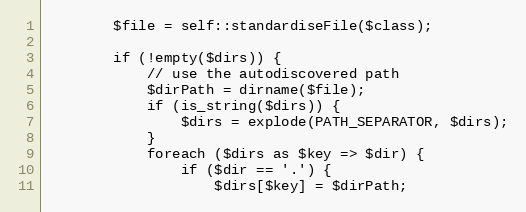
Language: PHP
        $file = self::standardiseFile($class);

        if (!empty($dirs)) {
            // use the autodiscovered path
            $dirPath = dirname($file);
            if (is_string($dirs)) {
                $dirs = explode(PATH_SEPARATOR, $dirs);
            }
            foreach ($dirs as $key => $dir) {
                if ($dir == '.') {
                    $dirs[$key] = $dirPath;